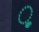
ૂ